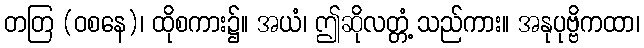
တတြ (ဝစနေ)၊ ထိုစကား၌။ အယံ၊ ဤဆိုလတ္တံ့ သည်ကား။ အနုပုဗ္ဗိကထာ၊